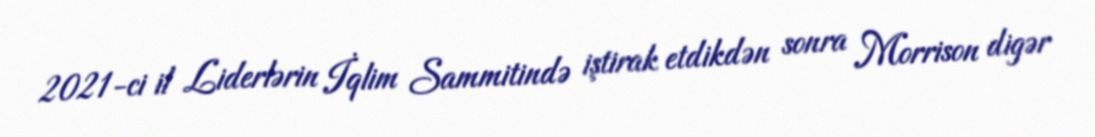
2021-ci il Liderlərin İqlim Sammitində iştirak etdikdən sonra Morrison digər